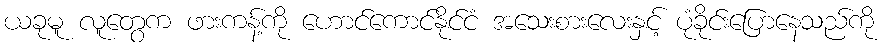
ယခုမူ လူတွေက ဖားကန့်ကို ဟောင်ကောင်နိုင်ငံ အသေးစားလေးနှင့် ပုံခိုင်းပြောနေသည်ကို